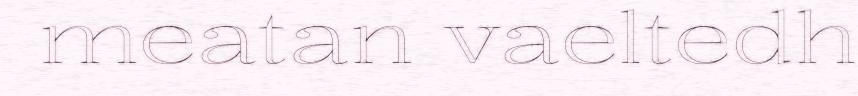
meatan vaeltedh